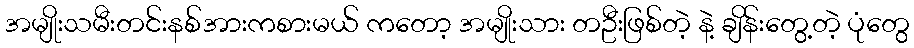
အမျိုးသမီးတင်းနစ်အားကစားမယ် ကတော့ အမျိုးသား တဦးဖြစ်တဲ့ နဲ့ ချိန်းတွေ့တဲ့ ပုံတွေ